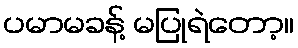
ပမာမခန့် မပြုရဲတော့။